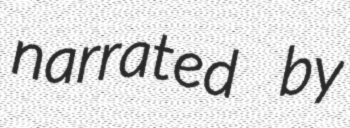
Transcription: narrated by